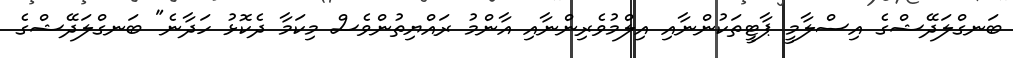
ބަނގްލަދޭޝްގެ އިސްލާމީ ޕާޓީތަކުންނާއި އިލްމުވެރިންނާއި އާންމު ރައްޔިތުންވެސް މިކަމާ ދެކޮޅު ހަދާނެ" ބަނގްލަދޭޝްގެ